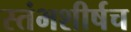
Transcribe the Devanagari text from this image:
स्तंभशीर्षच